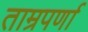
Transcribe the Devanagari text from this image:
ताम्रपर्णा